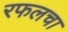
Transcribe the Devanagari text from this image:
रफलचा